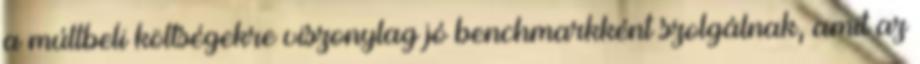
a múltbeli költségekre viszonylag jó benchmarkként szolgálnak, amit az